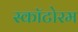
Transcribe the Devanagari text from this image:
स्कॉटोरम